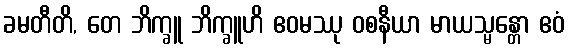
ခမတီတိ, တေ ဘိက္ခူ ဘိက္ခူဟိ ဧဝမဿု ဝစနီယာ မာယသ္မန္တော ဧဝံ